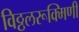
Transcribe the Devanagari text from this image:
विठ्ठलरूक्मिणी